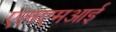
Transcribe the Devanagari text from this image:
एलएमआई